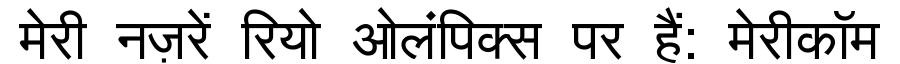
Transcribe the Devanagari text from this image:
मेरी नज़रें रियो ओलंपिक्स पर हैं: मेरीकॉम